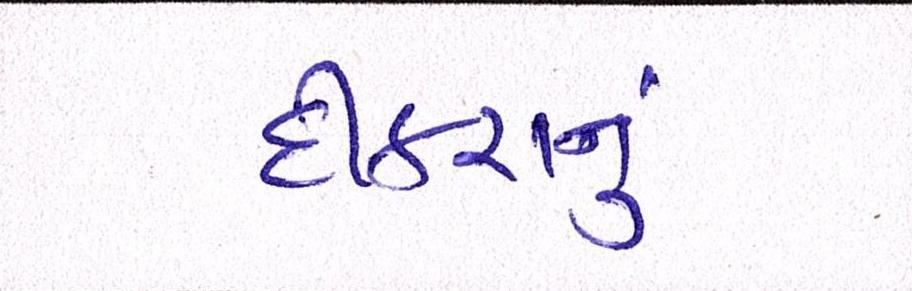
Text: દીકરાનું